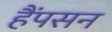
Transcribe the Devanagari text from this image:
हैंपसन